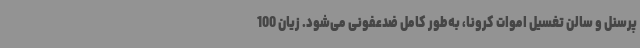
پرسنل و سالن تغسیل اموات کرونا، به‌طور کامل ضدعفونی می‌شود. زیان 100